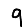
Digit: 9